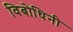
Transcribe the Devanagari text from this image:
विबोधिनी